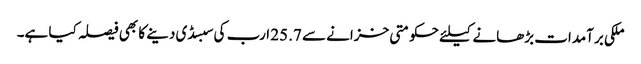
ملکی برآمدات بڑھانے کیلئے حکومتی خزانے سے 25.7 ارب کی سبسڈی دینے کا بھی فیصلہ کیا ہے۔